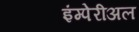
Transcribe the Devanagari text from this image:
इंम्पेरीअल